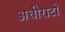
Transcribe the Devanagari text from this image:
अधीराटों